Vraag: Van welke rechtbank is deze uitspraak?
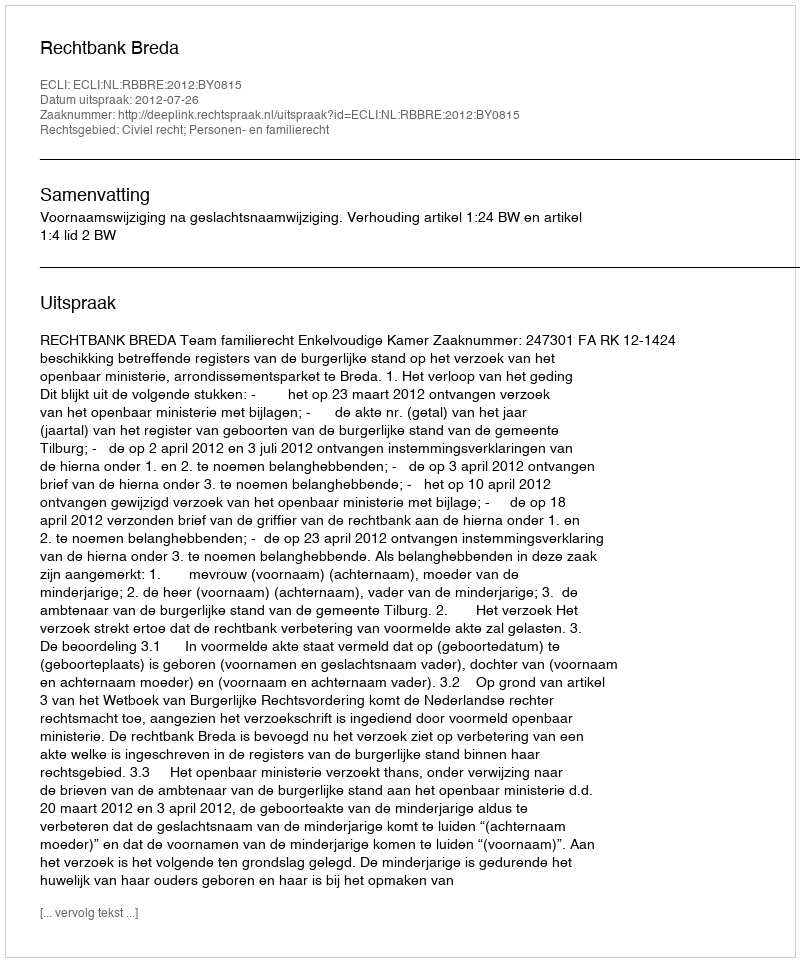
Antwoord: Rechtbank Breda